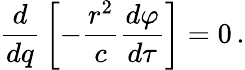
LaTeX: {\frac{d}{dq}}\left[-{\frac{r^{2}}{c}}{\frac{d\varphi}{d\tau}}\right]=0\, .